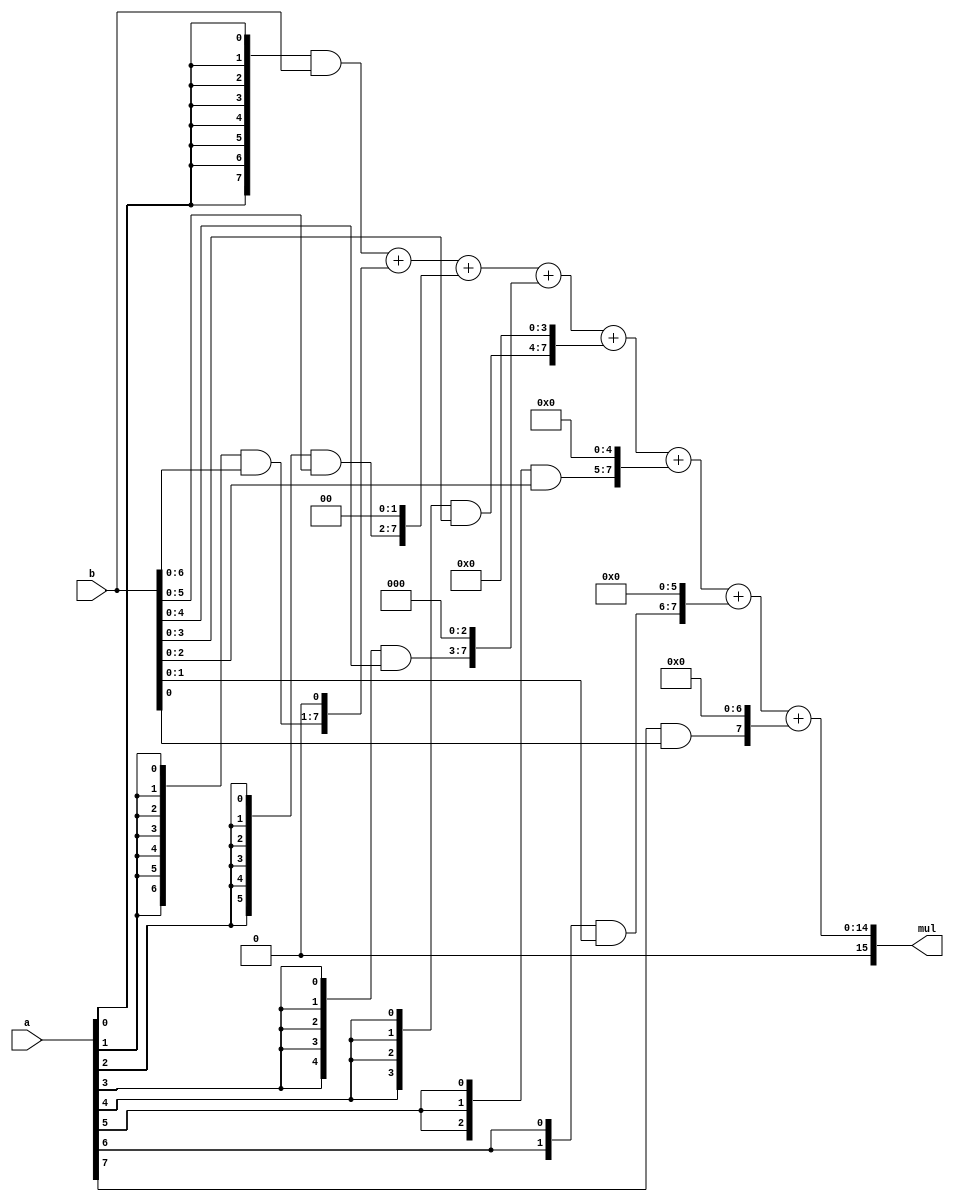
module multiply_11 (
    input [7:0] a,
    input [7:0] b,
    output reg [15:0] mul
  );
  
  
  
  reg [7:0] p0;
  
  reg [7:0] p1;
  
  reg [7:0] p2;
  
  reg [7:0] p3;
  
  reg [7:0] p4;
  
  reg [7:0] p5;
  
  reg [7:0] p6;
  
  reg [7:0] p7;
  
  always @* begin
    p0[0+7-:8] = ({4'h8{a[0+0-:1]}}) & (b[0+7-:8]);
    p1[0+7-:8] = (({4'h8{a[1+0-:1]}}) & (b[0+7-:8])) << 1'h1;
    p2[0+7-:8] = (({4'h8{a[2+0-:1]}}) & (b[0+7-:8])) << 2'h2;
    p3[0+7-:8] = (({4'h8{a[3+0-:1]}}) & (b[0+7-:8])) << 2'h3;
    p4[0+7-:8] = (({4'h8{a[4+0-:1]}}) & (b[0+7-:8])) << 3'h4;
    p5[0+7-:8] = (({4'h8{a[5+0-:1]}}) & (b[0+7-:8])) << 3'h5;
    p6[0+7-:8] = (({4'h8{a[6+0-:1]}}) & (b[0+7-:8])) << 3'h6;
    p7[0+7-:8] = (({4'h8{a[7+0-:1]}}) & (b[0+7-:8])) << 3'h7;
    mul = p0 + p1 + p2 + p3 + p4 + p5 + p6 + p7;
  end
endmodule